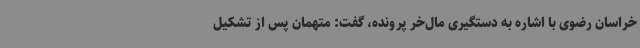
خراسان رضوی با اشاره به دستگیری مال‌خر پرونده، گفت: متهمان پس از تشکیل